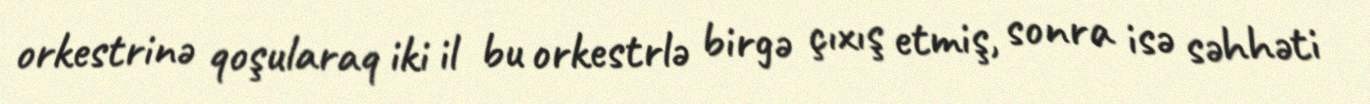
orkestrinə qoşularaq iki il bu orkestrlə birgə çıxış etmiş, sonra isə səhhəti